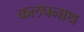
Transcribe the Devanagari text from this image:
कलपनाथ